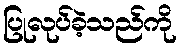
ပြုလုပ်ခဲ့သည်ကို